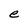
Character: e